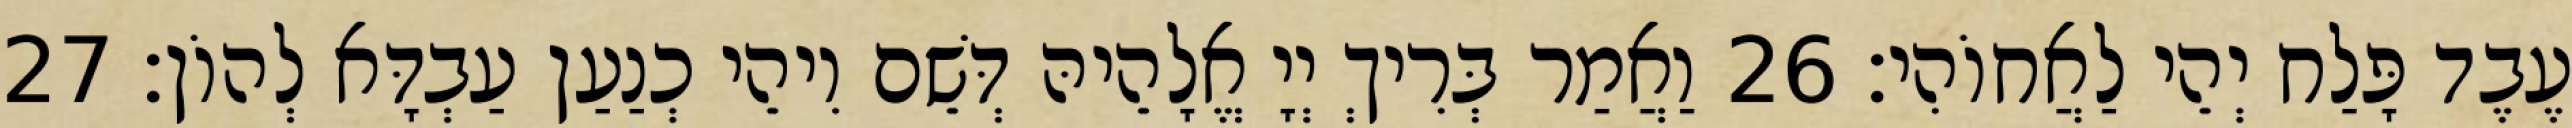
עֶבֶד פָּלַח יְהֵי לַאֲחוֹהִי׃ 26 וַאֲמַר בְּרִיךְ יְיָ אֱלָהֵיהּ דְּשֵׁם וִיהֵי כְנַעַן עַבְדָּא לְהוֹן׃ 27